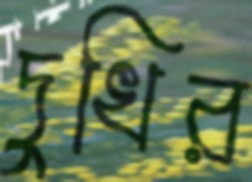
দুখির